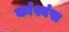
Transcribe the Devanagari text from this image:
कांश्यंस